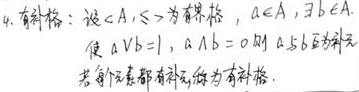
4. 补余格：设\(\langle A, \leq\rangle\)为有界格，\(a\in A\)，\(\exists b\in A\)，
使 \(a\vee b = 1\)，\(a\wedge b = 0\)则 \(a\)与\(b\)互为补元
若每个元素都有补元，称为有补格.